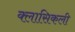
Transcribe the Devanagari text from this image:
क्लासिकली